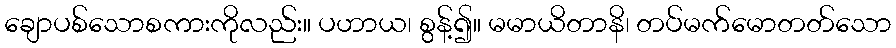
ချောပစ်သောစကားကိုလည်း။ ပဟာယ၊ စွန့်၍။ မမာယိတာနိ၊ တပ်မက်မောတတ်သော